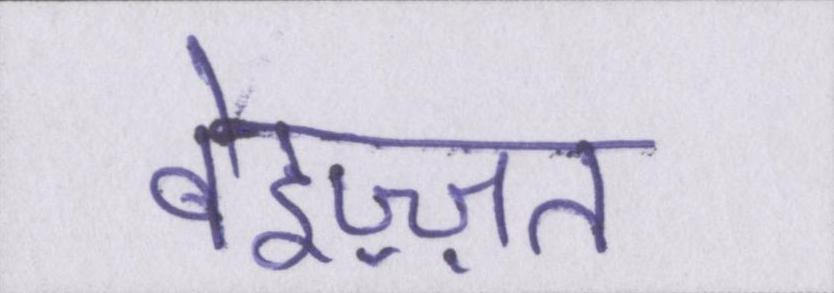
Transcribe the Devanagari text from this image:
बेइज़्ज़त